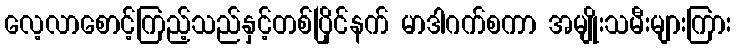
လေ့လာစောင့်ကြည့်သည်နှင့်တစ်ပြိုင်နက် မာဒါဂက်စကာ အမျိုးသမီးများကြား